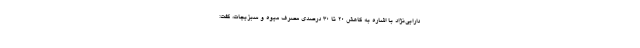
دارایی‌نژاد با اشاره به کاهش 20 تا 30 درصدی مصرف میوه و سبزیجات، گفت: